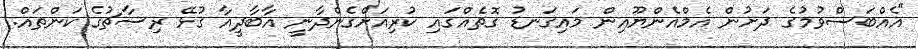
"އެއްބަސްވުމުގެ ދަށުން އެމްއެންޔޫއިން މައިގަނޑު ގޮތެއްގައި ކުރިއަށްގެންދާނީ އާބާދީއާ ގުޅޭ ރިސާޗުގެ ކަންތައް.